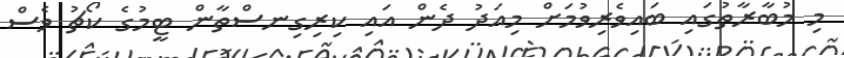
މި މުބާރާތުގައި ބައިވެރިވުމަށް މިއަދު ދެން އައި ކިރިގިނސްތާން ޓީމުގެ ކޯޗު ވެސް